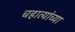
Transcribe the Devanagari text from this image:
चहात्यांच्या